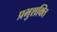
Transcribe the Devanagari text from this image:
प्रभुशक्ति